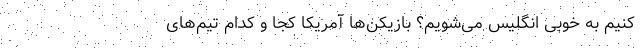
کنیم به خوبی انگلیس می‌شویم؟ بازیکن‌ها آمریکا کجا و کدام تیم‌های